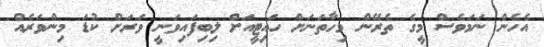
އެހެން ނަމަވެސް މީގެ ތެރޭން މިހާތަނަށް ހައިޓީއަށް ލިބިފައިވަނީ ވަރަށް ކުޑަ މިންވަރެއް